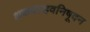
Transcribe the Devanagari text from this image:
शकपल्हवनिषूदन